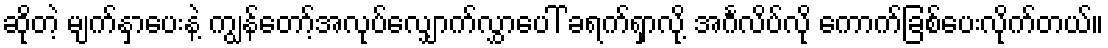
ဆိုတဲ့ မျက်နှာပေးနဲ့ ကျွန်တော့်အလုပ်လျှောက်လွှာပေါ် ခရက်ရှာလို့ အင်္ဂလိပ်လို ကောက်ခြစ်ပေးလိုက်တယ်။